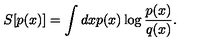
S [ p ( x ) ] = \int d x p ( x ) \log { \frac { p ( x ) } { q ( x ) } } .